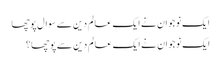
ایک نوجوان نے ایک عالم دین سے سوال پوچھا
ایک نوجوان نے ایک عالم دین سے پوچھا؟